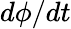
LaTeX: d\phi/dt